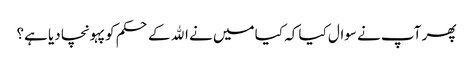
پھر آپ نے سوال کیا کہ کیا میں نے الله کے حکم کو پہونچا دیا ہے؟